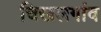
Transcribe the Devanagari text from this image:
चिखलगांव